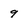
Character: 9